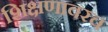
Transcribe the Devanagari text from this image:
शिक्षणावरच